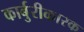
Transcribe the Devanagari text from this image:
कार्बुरीकारक